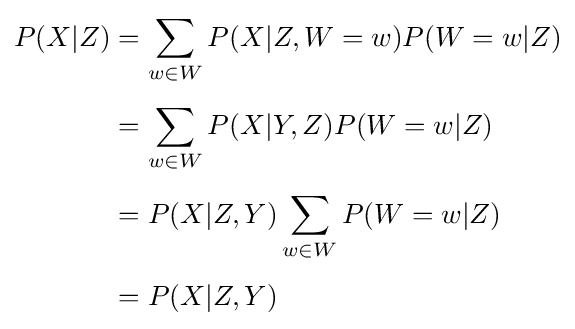
{\begin{aligned}P(X|Z)&=\sum _{w\in W}P(X|Z,W=w)P(W=w|Z)\\[4pt]&=\sum _{w\in W}P(X|Y,Z)P(W=w|Z)\\[4pt]&=P(X|Z,Y)\sum _{w\in W}P(W=w|Z)\\[4pt]&=P(X|Z,Y)\end{aligned}}